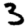
Digit: 3